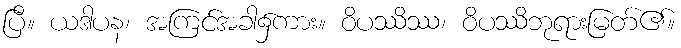
ပြီ။ ယဒါပန၊ အကြင်အခါ၌ကား။ ဝိပဿိဿ၊ ဝိပဿိဘုရားမြတ်၏။